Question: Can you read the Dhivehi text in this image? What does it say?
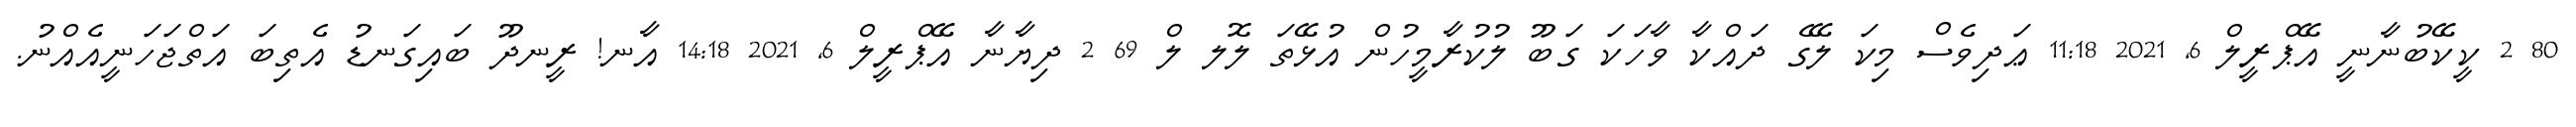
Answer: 80 2 ކީކޭބުނާނީ އޭޕްރީލް 6, 2021 11:18 ޢަދިވެސް މިކަ ލޭގެ ދައްކާ ވާހަކަ ގަބޫ ލުކުރާމީހުން އުޅޭތަ ލޮލ ލް 69 2 ދިޔާނާ އޭޕްރީލް 6, 2021 14:18 އާނ! ރީނދޫ ބައިގަނޑު އެތިބަ އަތްޖަހަނީއެއްނު.